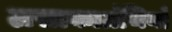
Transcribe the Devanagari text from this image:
लसाकाग्रंथियाँ